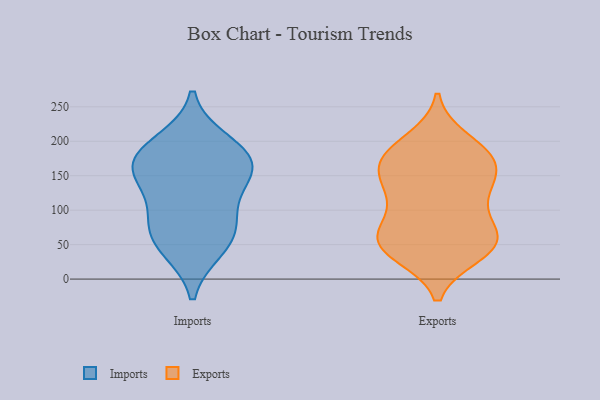
{"axis": {"x": "Satisfaction Score", "y": "Value"}, "legend": ["Exports", "Imports"], "data": [{"x": "", "y": 178, "type": "Imports"}, {"x": "", "y": 54, "type": "Imports"}, {"x": "", "y": 175, "type": "Imports"}, {"x": "", "y": 164, "type": "Imports"}, {"x": "", "y": 82, "type": "Imports"}, {"x": "", "y": 137, "type": "Imports"}, {"x": "", "y": 87, "type": "Imports"}, {"x": "", "y": 45, "type": "Imports"}, {"x": "", "y": 151, "type": "Imports"}, {"x": "", "y": 198, "type": "Imports"}, {"x": "", "y": 38, "type": "Exports"}, {"x": "", "y": 200, "type": "Exports"}, {"x": "", "y": 66, "type": "Exports"}, {"x": "", "y": 177, "type": "Exports"}, {"x": "", "y": 56, "type": "Exports"}, {"x": "", "y": 47, "type": "Exports"}, {"x": "", "y": 179, "type": "Exports"}, {"x": "", "y": 172, "type": "Exports"}, {"x": "", "y": 98, "type": "Exports"}, {"x": "", "y": 126, "type": "Exports"}, {"x": "", "y": 59, "type": "Exports"}, {"x": "", "y": 46, "type": "Exports"}, {"x": "", "y": 56, "type": "Exports"}, {"x": "", "y": 133, "type": "Exports"}, {"x": "", "y": 157, "type": "Exports"}, {"x": "", "y": 132, "type": "Exports"}, {"x": "", "y": 176, "type": "Exports"}]}